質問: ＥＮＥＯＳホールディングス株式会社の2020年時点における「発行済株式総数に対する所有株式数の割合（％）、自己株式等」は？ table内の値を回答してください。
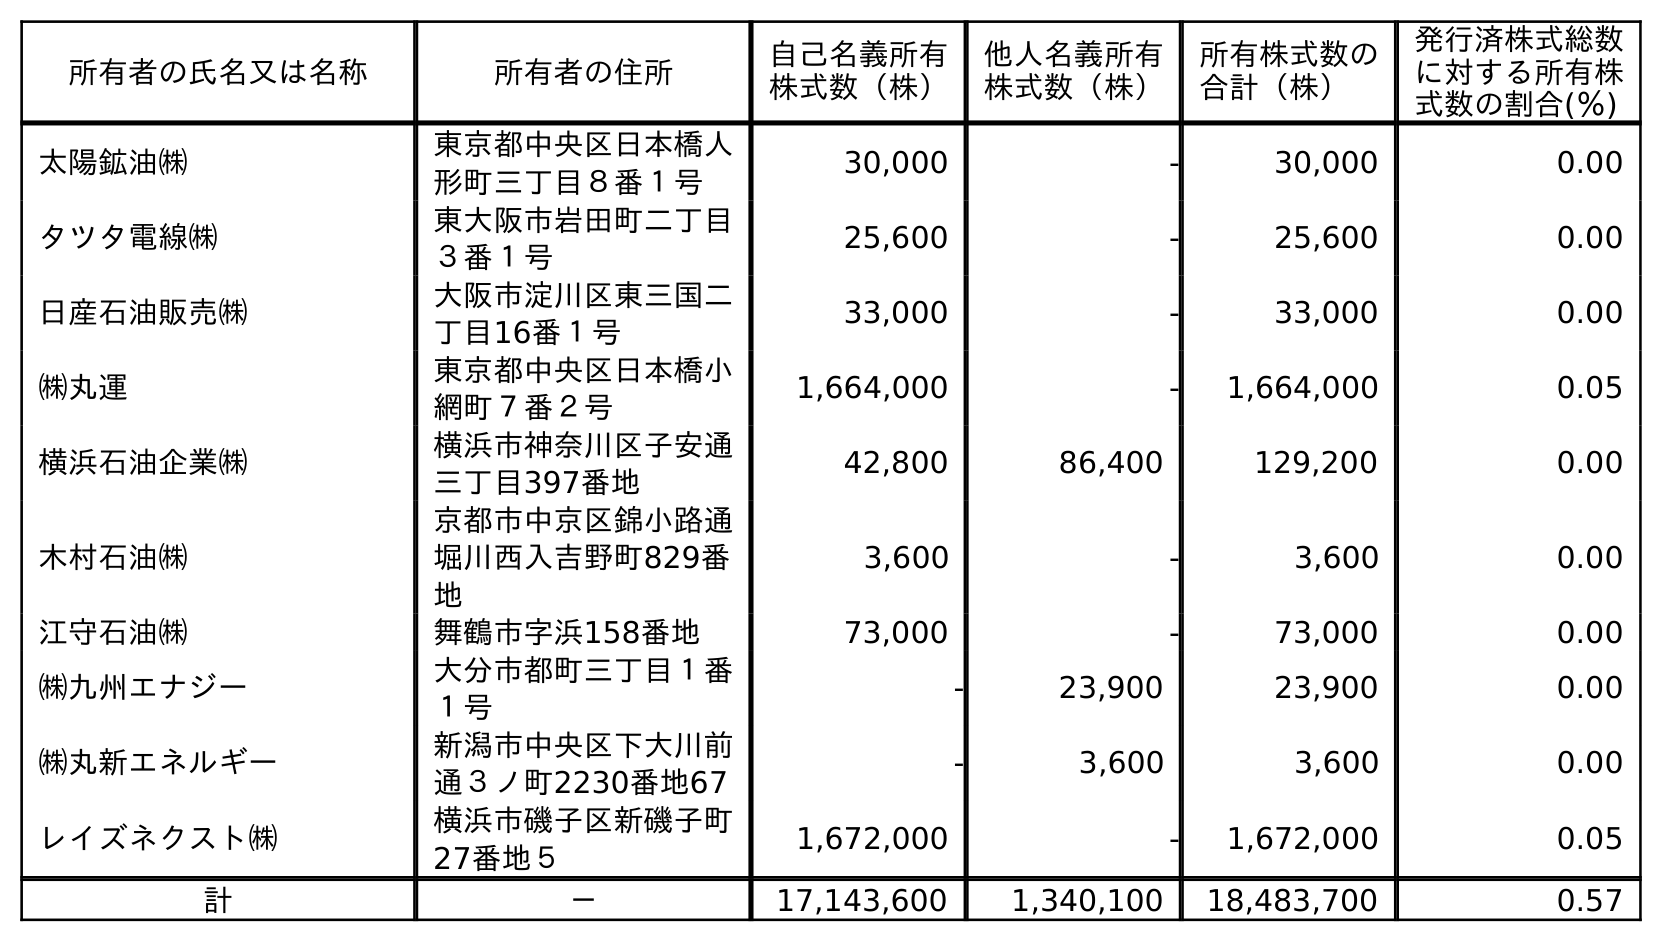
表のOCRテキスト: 所有者の氏名又は名称 所有者の住所 自己名義所有 株式数（株） 他人名義所有 株式数（株） 所有株式数の 合計（株） 発行済株式総数 に対する所有株 式数の割合(％) 太陽鉱油㈱ 東京都中央区日本橋人 形町三丁目８番１号 30,000 - 30,000 0.00 タツタ電線㈱ 東大阪市岩田町二丁目 ３番１号 25,600 - 25,600 0.00 日産石油販売㈱ 大阪市淀川区東三国二 丁目16番１号 33,000 - 33,000 0.00 ㈱丸運 東京都中央区日本橋小 網町７番２号 1,664,000 - 1,664,000 0.05 横浜石油企業㈱ 横浜市神奈川区子安通 三丁目397番地 42,800 86,400 129,200 0.00 木村石油㈱ 京都市中京区錦小路通 堀川西入吉野町829番 地 3,600 - 3,600 0.00 江守石油㈱ 舞鶴市字浜158番地 73,000 - 73,000 0.00 ㈱九州エナジー 大分市都町三丁目１番 １号 - 23,900 23,900 0.00 ㈱丸新エネルギー 新潟市中央区下大川前 通３ノ町2230番地67 - 3,600 3,600 0.00 レイズネクスト㈱ 横浜市磯子区新磯子町 27番地５ 1,672,000 - 1,672,000 0.05 計 － 17,143,600 1,340,100 18,483,700 0.57
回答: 0.57